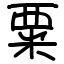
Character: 粟